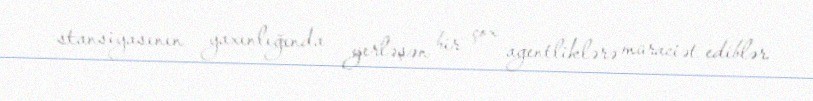
stansiyasının yaxınlığında yerləşən bir çox agentliklərə müraciət ediblər.